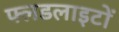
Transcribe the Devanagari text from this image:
फ्लडलाइटों